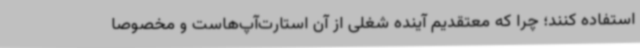
استفاده کنند؛ چرا که معتقدیم آینده شغلی از آن استارت‌آپ‌هاست و مخصوصاً